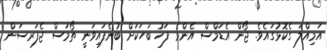
އަމިއްލަ ގެކޮޅުގައެވެ. ޖޯން އެޑަމްސް އެންމެ ފަހު ބަހަކަށް ބުނެފައިވަނީ ތޯމަސް ޖެފަރސަން